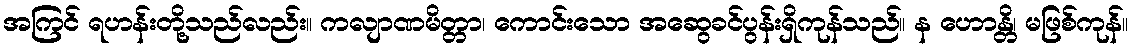
အကြင် ရဟန်းတို့သည်လည်း။ ကလျာဏမိတ္တာ၊ ကောင်းသော အဆွေခင်ပွန်းရှိကုန်သည်။ န ဟောန္တိ၊ မဖြစ်ကုန်။